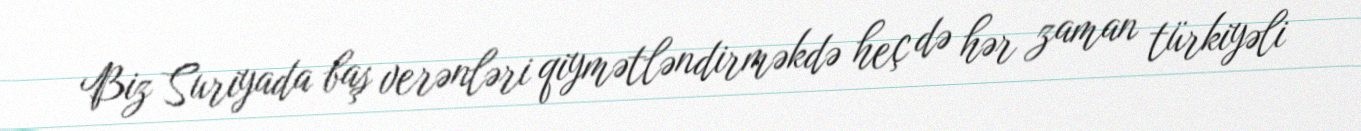
Biz Suriyada baş verənləri qiymətləndirməkdə heç də hər zaman türkiyəli